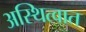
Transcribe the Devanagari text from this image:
अस्थित्वात